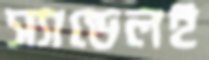
স্যান্ডেলই